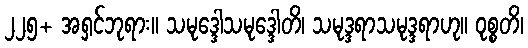
၂၂၅+ အရှင်ဘုရား။ သမုဒ္ဒေါသမုဒ္ဒေါတိ၊ သမုဒ္ဒရာသမုဒ္ဒရာဟု။ ဝုစ္စတိ၊